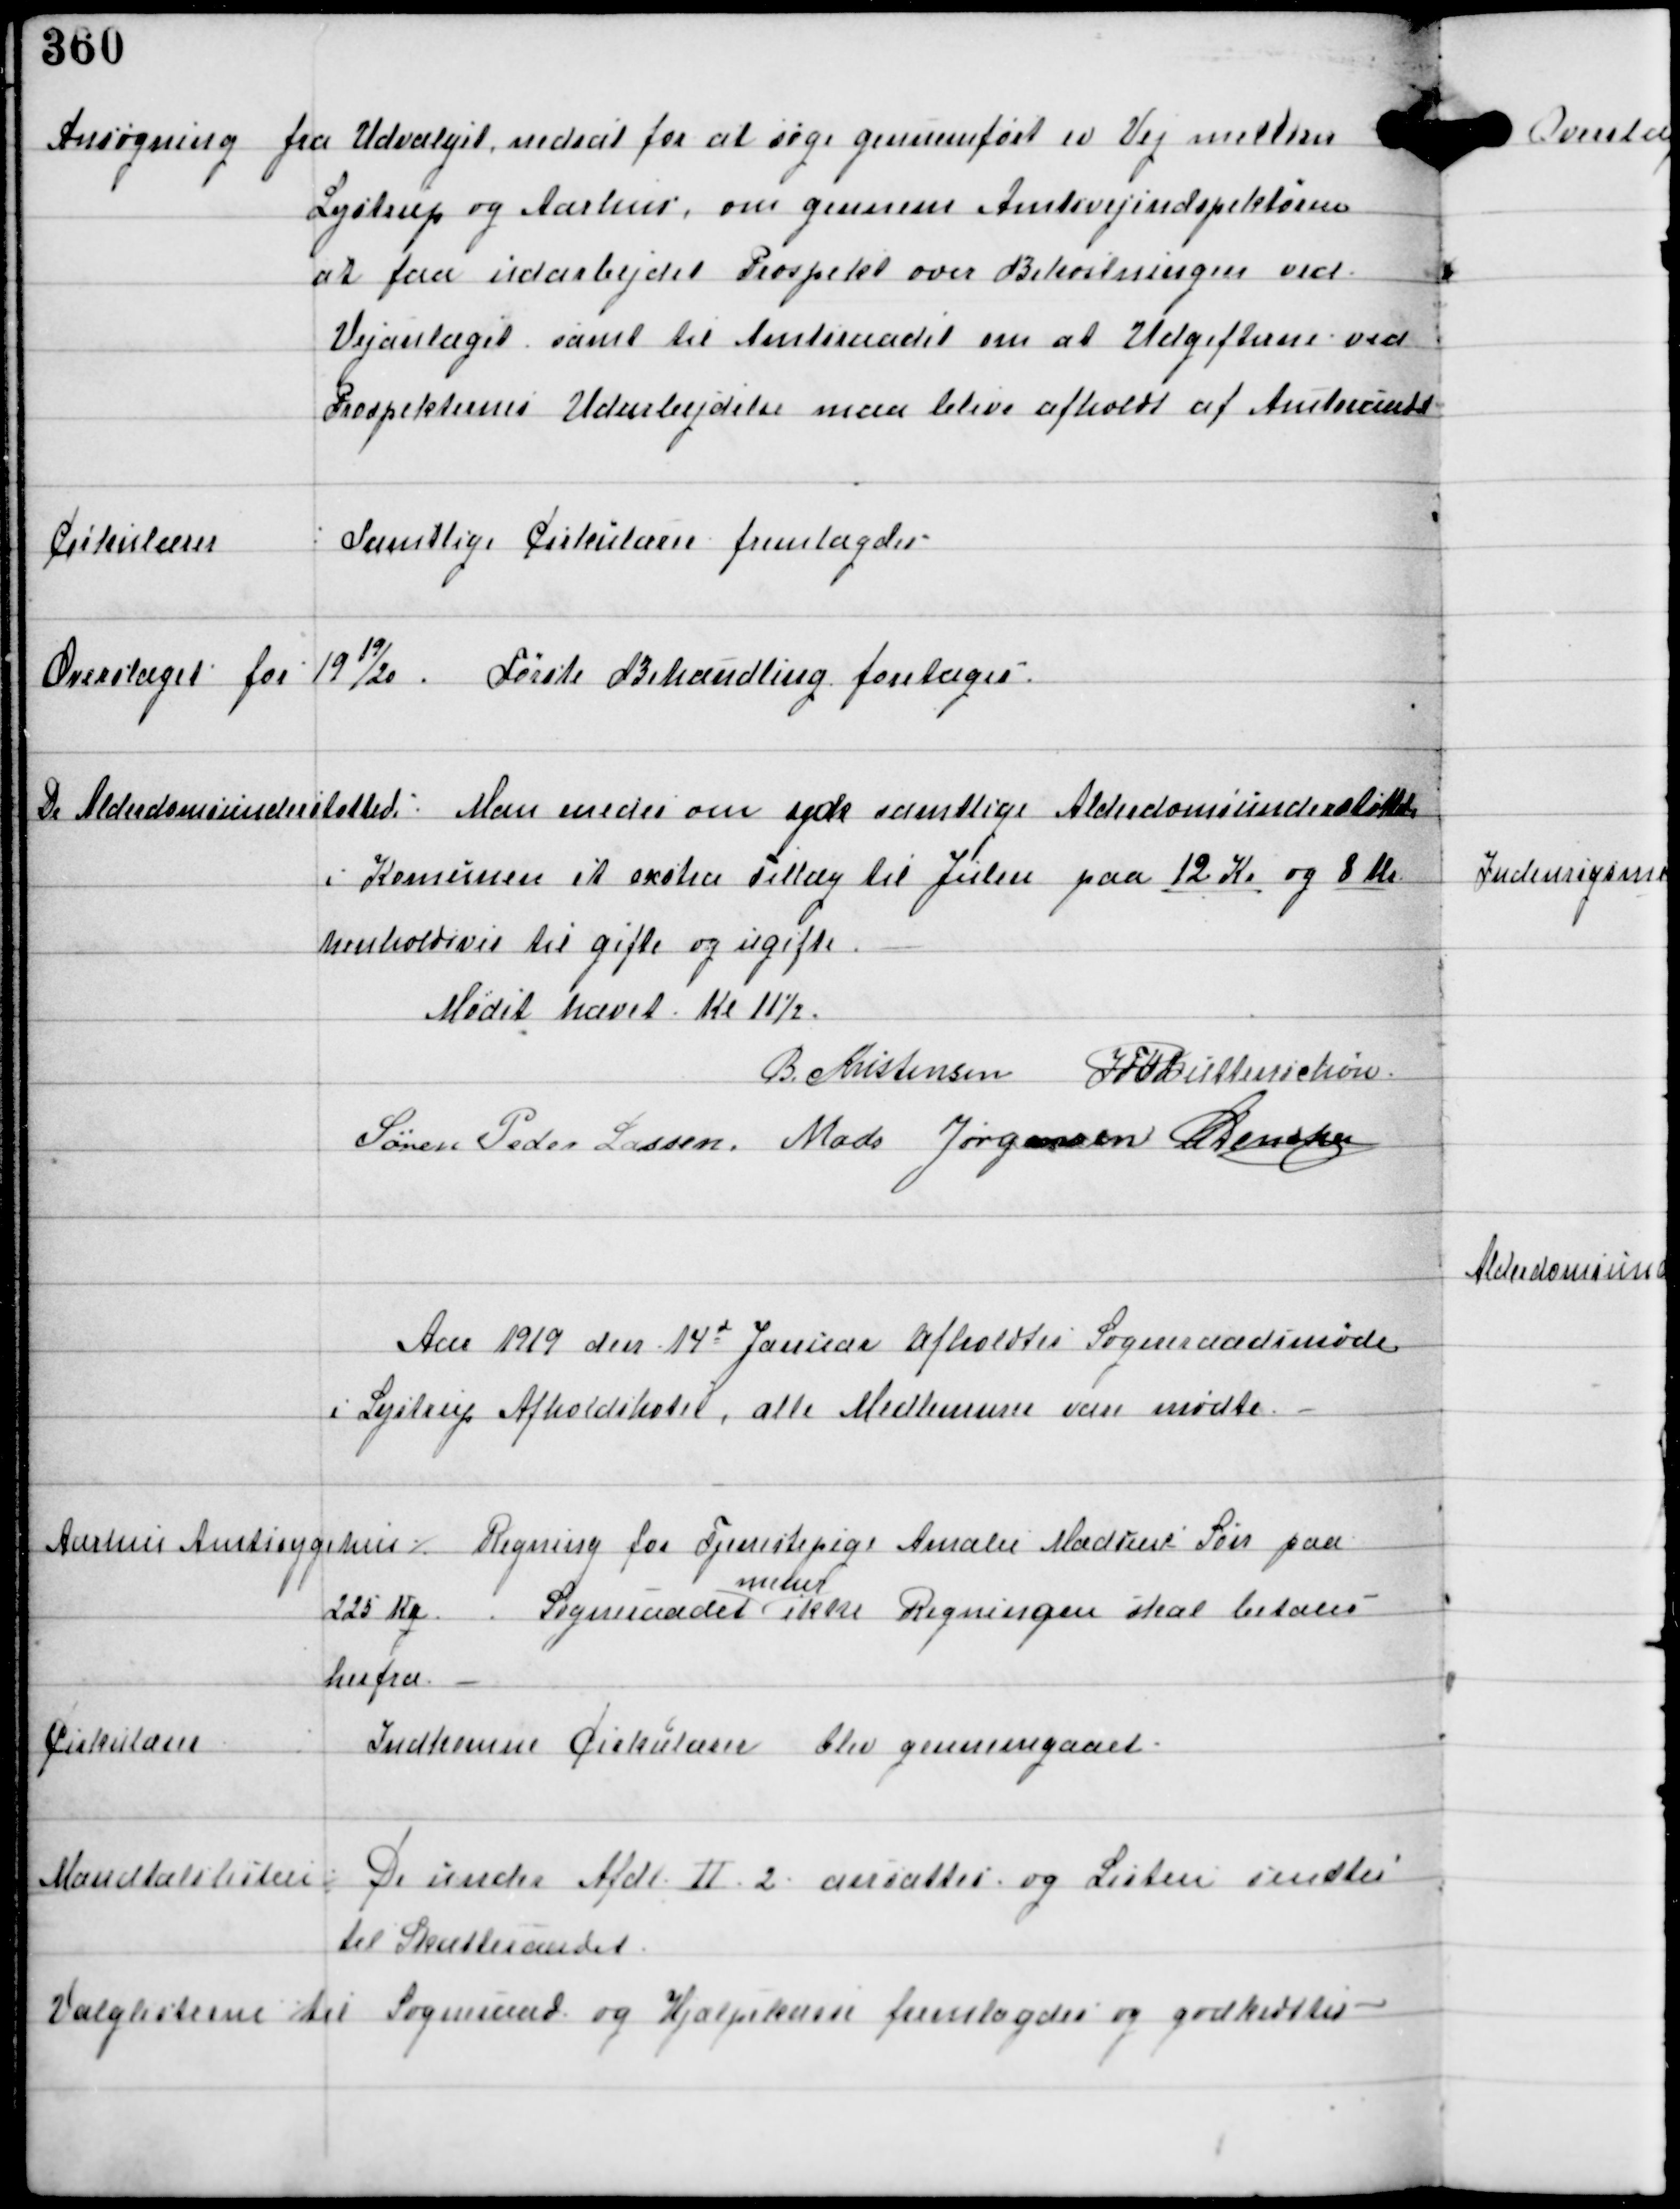
Transskription:
Ansøgning fra Udvalget nedsat for at søge gennemført en Vej mellem
Lystrup og Aarhus, om gennem Amtsvejindspektøren
at faa udarbejdet Prospekt om Bekostningen ved
Vejanlæget samt til Amtsraadet om at Udgifterne ved
Prospekternes Udarbejdelse maa blive afholdt af Amtsraadet

Cirkulærer

Samtlige Cirkulærer fremlagdes.

Overslaget for 1919/20.

Første Behandling foretages.

De Alderdomsunderstøttede

Man enedes om yde samtlige Alderdomsunderstøttede
i Komunen et extra Tillæg til Julen paa 12 Kr og 8 Kr
henholdsvis til gifte og ugifte.

Mødet hævet Kl 11½.
B Kristensen IFV Buttenschøn
Søren Peder Lassen Mads Jørgensen C Dencker

Aar 1919 den 14d Januar afholdtes Sogneraadsmøde
i Lystrup Afholdshotel, alle Medlemmer vare mødte.

Aarhus Amtssygehus ⁒
Regning for Tjenestepige Amalie Madsens Søn paa
225 Kr.
Sogneraadet
mener
ikke Regningen skal betales
herfra.

Cirkulærer

Indkomne Cirkulærer blev gennemgaaet.

Mandtalslisten ⁒

De under Afdl II 2 ansattes og Listen sendtes
til Skatteraadet.

Valglisterne til Sogneraad og Hjælpekasse fremlagdes og godkendtes.